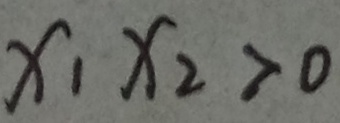
x _ { 1 } x _ { 2 } > 0